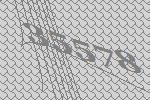
35578